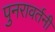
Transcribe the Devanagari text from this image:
पुनरावर्तनी